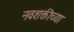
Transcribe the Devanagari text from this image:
नवशक्तीच्या